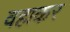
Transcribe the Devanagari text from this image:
वहाकर